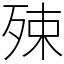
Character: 殐